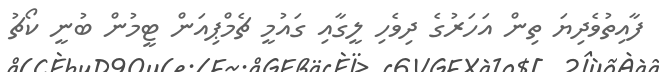
ފާއިތުވެދިޔަ ތިން އަހަރުގެ ދިވެހި ލީގާއި ގައުމީ ޗެމްޕިއަން ޓީމުން ބުނީ ކޯޗު